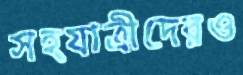
সহযাত্রীদেরও